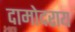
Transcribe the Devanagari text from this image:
दामोदराय